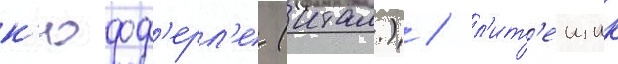
к'юфф'ерл'е (итал.) / л'ит'еищик